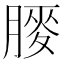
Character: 𫆯